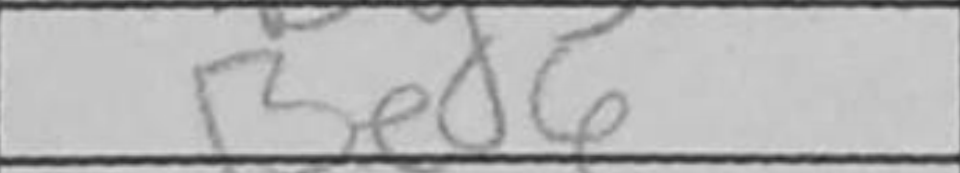
Transcription: Bed6